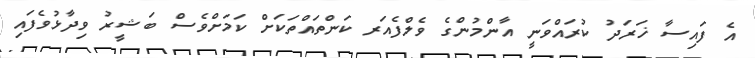
އެ ފައިސާ ޚަރަދު ކުރައްވަނީ އާންމުންގެ ވެލްފެއަރ ކަންތައްތަކަށް ކަމަށްވެސް ބަޝީރު ވިދާޅުވެފައި